Annual report of the Punjab Veterinary College and of the Civil Veterinary Department, Punjab - 1920-1925
Year: 1920
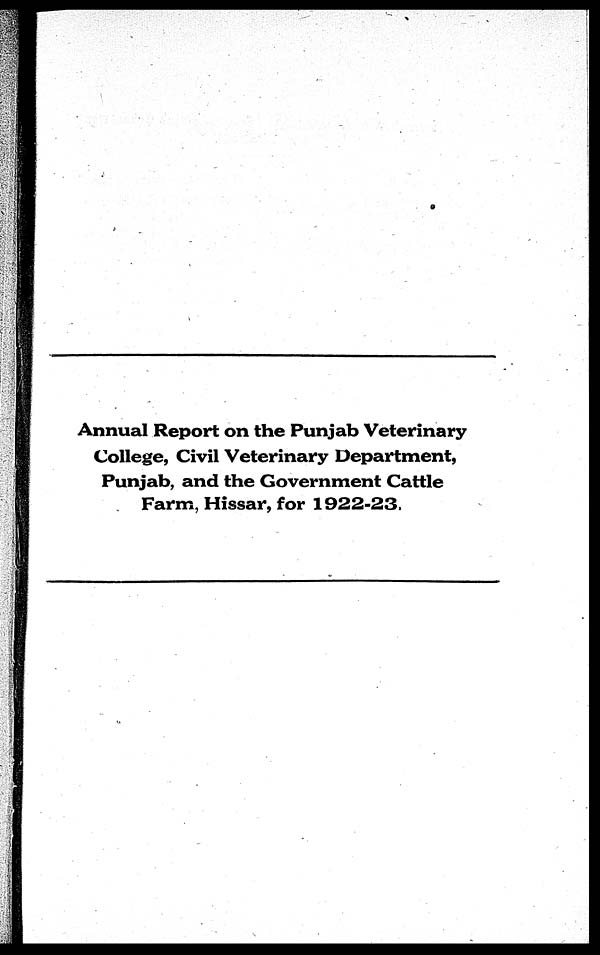
Annual Report on the Punjab Veterinary
College, Civil Veterinary Department,
Punjab, and the Government Cattle
Farm, Hissar, for 1922-23.